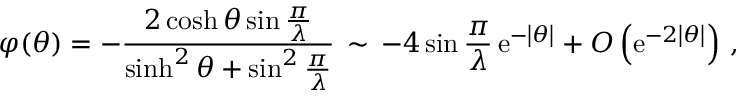
\varphi ( \theta ) = - \frac { 2 \cosh \theta \sin \frac { \pi } { \lambda } } { \sinh ^ { 2 } \theta + \sin ^ { 2 } \frac { \pi } { \lambda } } \, \sim \, - 4 \sin \frac { \pi } { \lambda } \, \mathrm { e } ^ { - \left| \theta \right| } + O \left( \mathrm { e } ^ { - 2 \left| \theta \right| } \right) \, ,